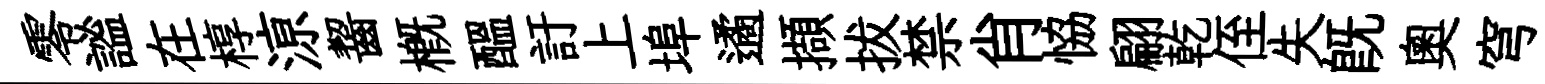
零謐在椁鿌齧槪醖訏上埠遹擷拔禁肖恊翩乾侄失既奥穹